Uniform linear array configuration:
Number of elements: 12
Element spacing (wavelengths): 1
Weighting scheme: uniform
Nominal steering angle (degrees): -60
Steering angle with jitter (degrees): -60.455
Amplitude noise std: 0.05
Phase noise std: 0.05

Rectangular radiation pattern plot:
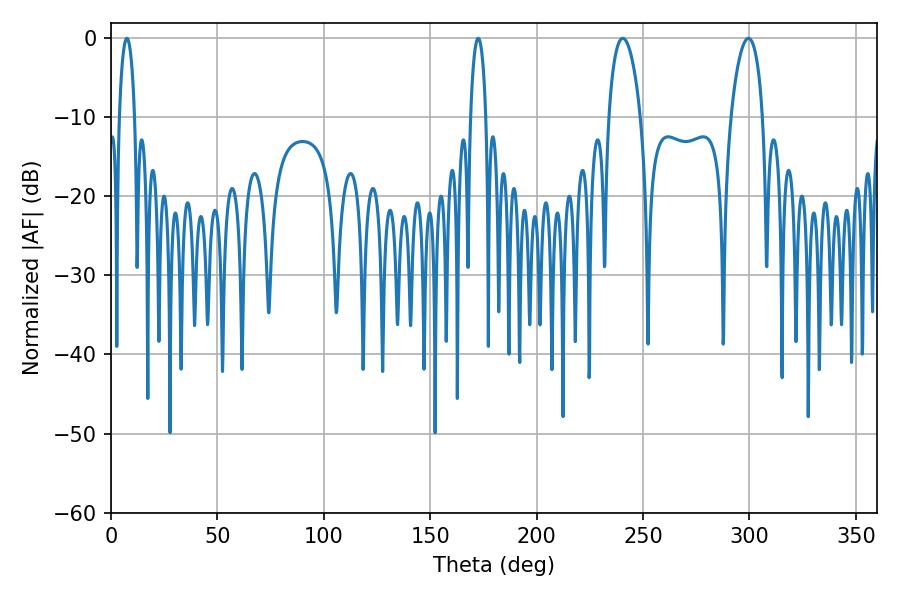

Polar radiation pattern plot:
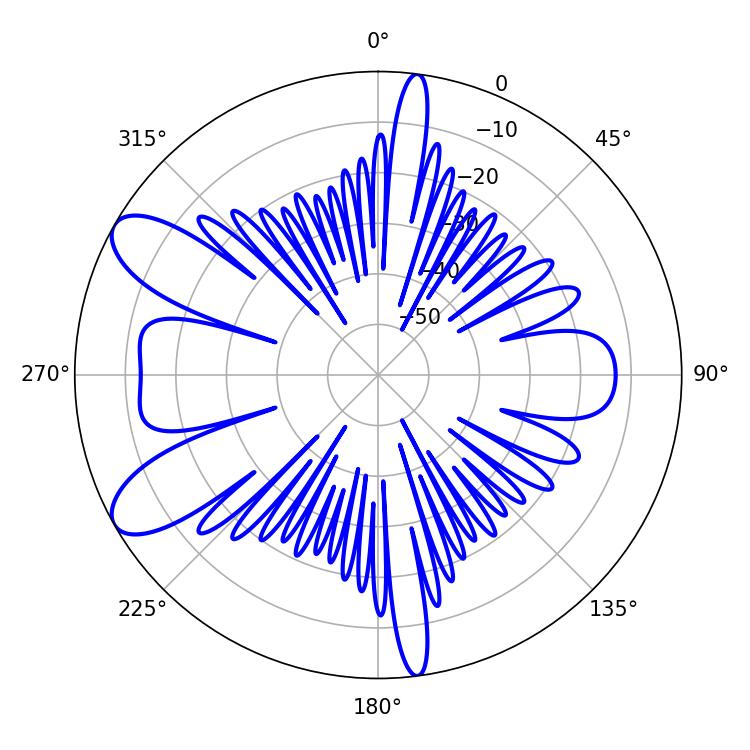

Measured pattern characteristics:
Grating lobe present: TRUE
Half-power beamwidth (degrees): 8.46
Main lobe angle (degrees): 240.48